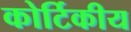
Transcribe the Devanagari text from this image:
कोर्टिकीय